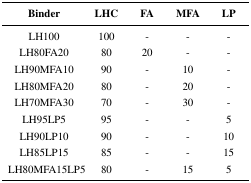
| Binder | LHC | FA | MFA | LP |
 | --- | --- | --- | --- | --- |
 | LH100 | 100 | - | - | - |
 | LH80FA20 | 80 | 20 | - | - |
 | LH90MFA10 | 90 | - | 10 | - |
 | LH80MFA20 | 80 | - | 20 | - |
 | LH70MFA30 | 70 | - | 30 | - |
 | LH95LP5 | 95 | - | - | 5 |
 | LH90LP10 | 90 | - | - | 10 |
 | LH85LP15 | 85 | - | - | 15 |
 | LH80MFA15LP5 | 80 | - | 15 | 5 |